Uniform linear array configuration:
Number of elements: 64
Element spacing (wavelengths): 0.25
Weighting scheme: exponential
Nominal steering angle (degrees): -60
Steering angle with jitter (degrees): -60.358
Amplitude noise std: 0.05
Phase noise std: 0.05

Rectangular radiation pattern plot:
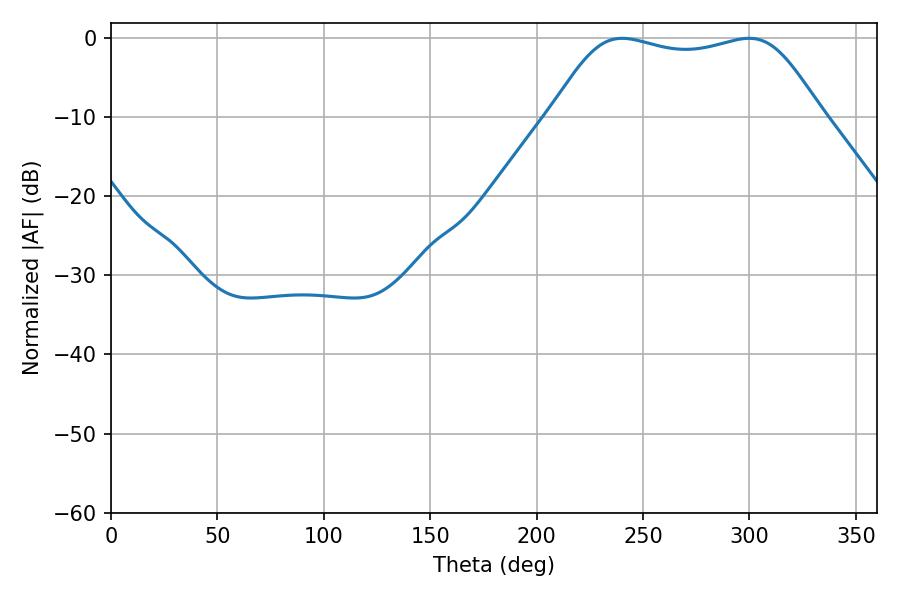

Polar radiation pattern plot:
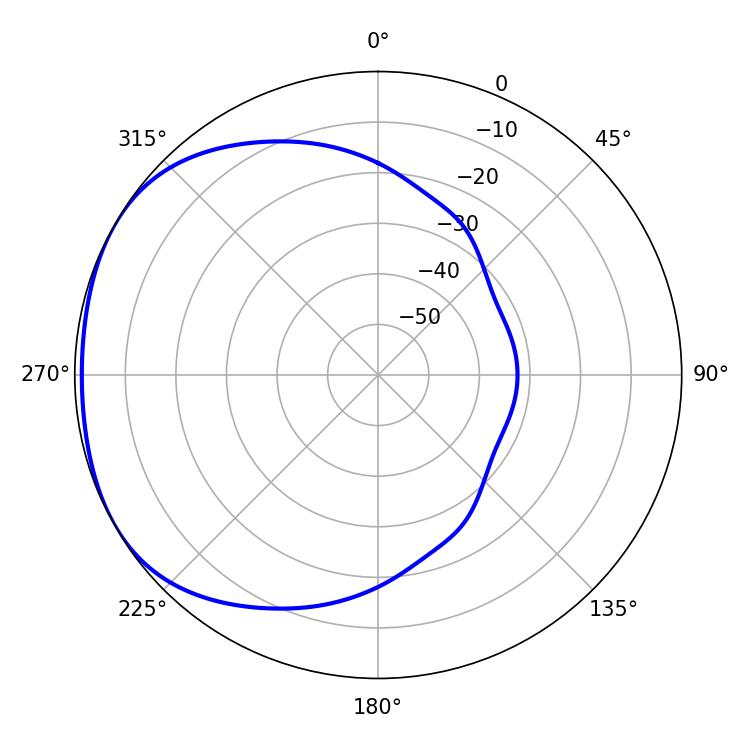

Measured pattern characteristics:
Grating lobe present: FALSE
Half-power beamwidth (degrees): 96.84
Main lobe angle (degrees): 240.12